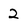
Character: 2